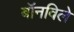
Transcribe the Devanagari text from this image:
बॉनविले